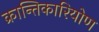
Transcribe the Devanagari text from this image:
क्रान्तिकारियोण